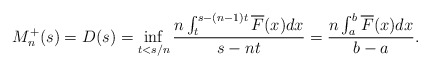
\begin{align*}M_{n}^{+}(s) = D(s) = \inf_{t<s/n}\frac{n\int_{t}^{s-(n-1)t}\overline{F}(x)dx}{s-nt} = \frac{n\int_{a}^{b}\overline{F}(x)dx}{b-a}.\end{align*}